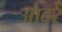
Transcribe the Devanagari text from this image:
आदरें